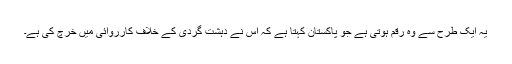
یہ ایک طرح سے وہ رقم ہوتی ہے جو پاکستان کہتا ہے کہ اس نے دہشت گردی کے خلاف كارروائی میں خرچ کی ہے۔